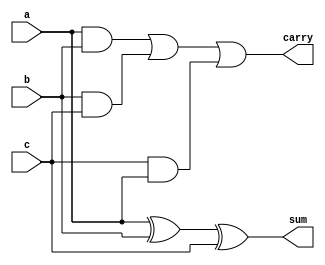
module full_adder(sum,carry,a,b,c);
output wire sum,carry;
input wire a,b,c;
assign sum=a^b^c;
assign carry=(a&b)|(b&c)|(c&a);
endmodule